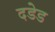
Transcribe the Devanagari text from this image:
दडेड